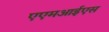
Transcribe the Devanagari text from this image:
एएमआईएस